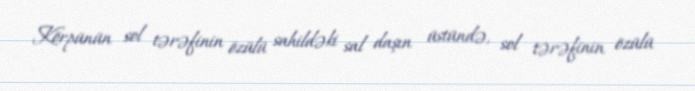
Körpünün sol tərəfinin özülü sahildəki sal daşın üstündə, sol tərəfinin özülü